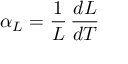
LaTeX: \alpha _ { L } = { \frac { 1 } { L } } \, { \frac { d L } { d T } }